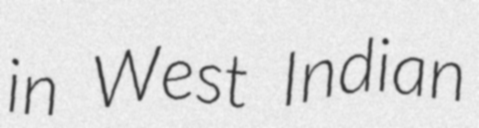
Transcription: in West Indian